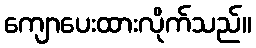
ကျောပေးထားလိုက်သည်။